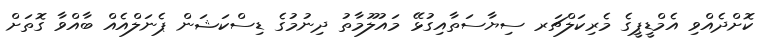
ކޮށްދެއްވި އެމްޑީޕީގެ މެރިކަލްޗަރ ސިޔާސަތާއިގުޅޭ މައުލޫމާތު ދިނުމުގެ ޑިސްކަޝަން ޕެނަލްއެއް ބާއްވާ ގޮތަށް